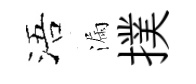
浯漏撲